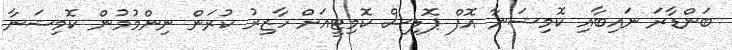
ބަންޑާރަ ނައިބާއި ކޮމިޝަނާ އޮފް ޕޮލިސް ކޮމިޓީއަށް ހާޒިރު ކުރަން ނިންމުމުން ކޮމިޝަނާ